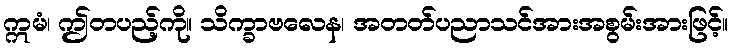
ဣမံ၊ ဤတပည့်ကို။ သိက္ခာဗလေန၊ အတတ်ပညာသင်အားအစွမ်းအားဖြင့်။